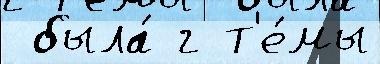
 была́ г т'е́мы